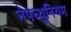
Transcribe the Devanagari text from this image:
नेपच्थूनियम